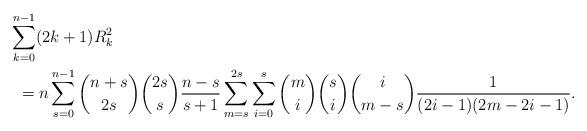
LaTeX: \begin{align*}&\hskip -2mm\sum_{k=0}^{n-1}(2k+1)R_k^2 \\&=n\sum_{s=0}^{n-1}{n+s\choose 2s}{2s\choose s}\frac{n-s}{s+1}\sum_{m=s}^{2s}\sum_{i=0}^s {m\choose i}{s\choose i}{i\choose m-s}\frac{1}{(2i-1)(2m-2i-1)}. \end{align*}